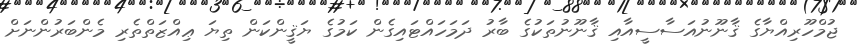
ޖުމްހޫރިއްޔާގެ ޤާނޫނުއަސާސީއާއި ޤާނޫނުތަކުގެ ބާރު ދަމަހައްޓައިގެން ކަމުގެ ޔަޤީންކަން ތިޔަ ޢިއްޒަތްތެރި މެންބަރުންނަށް